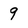
Character: 9